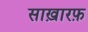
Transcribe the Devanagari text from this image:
साख़ारफ़